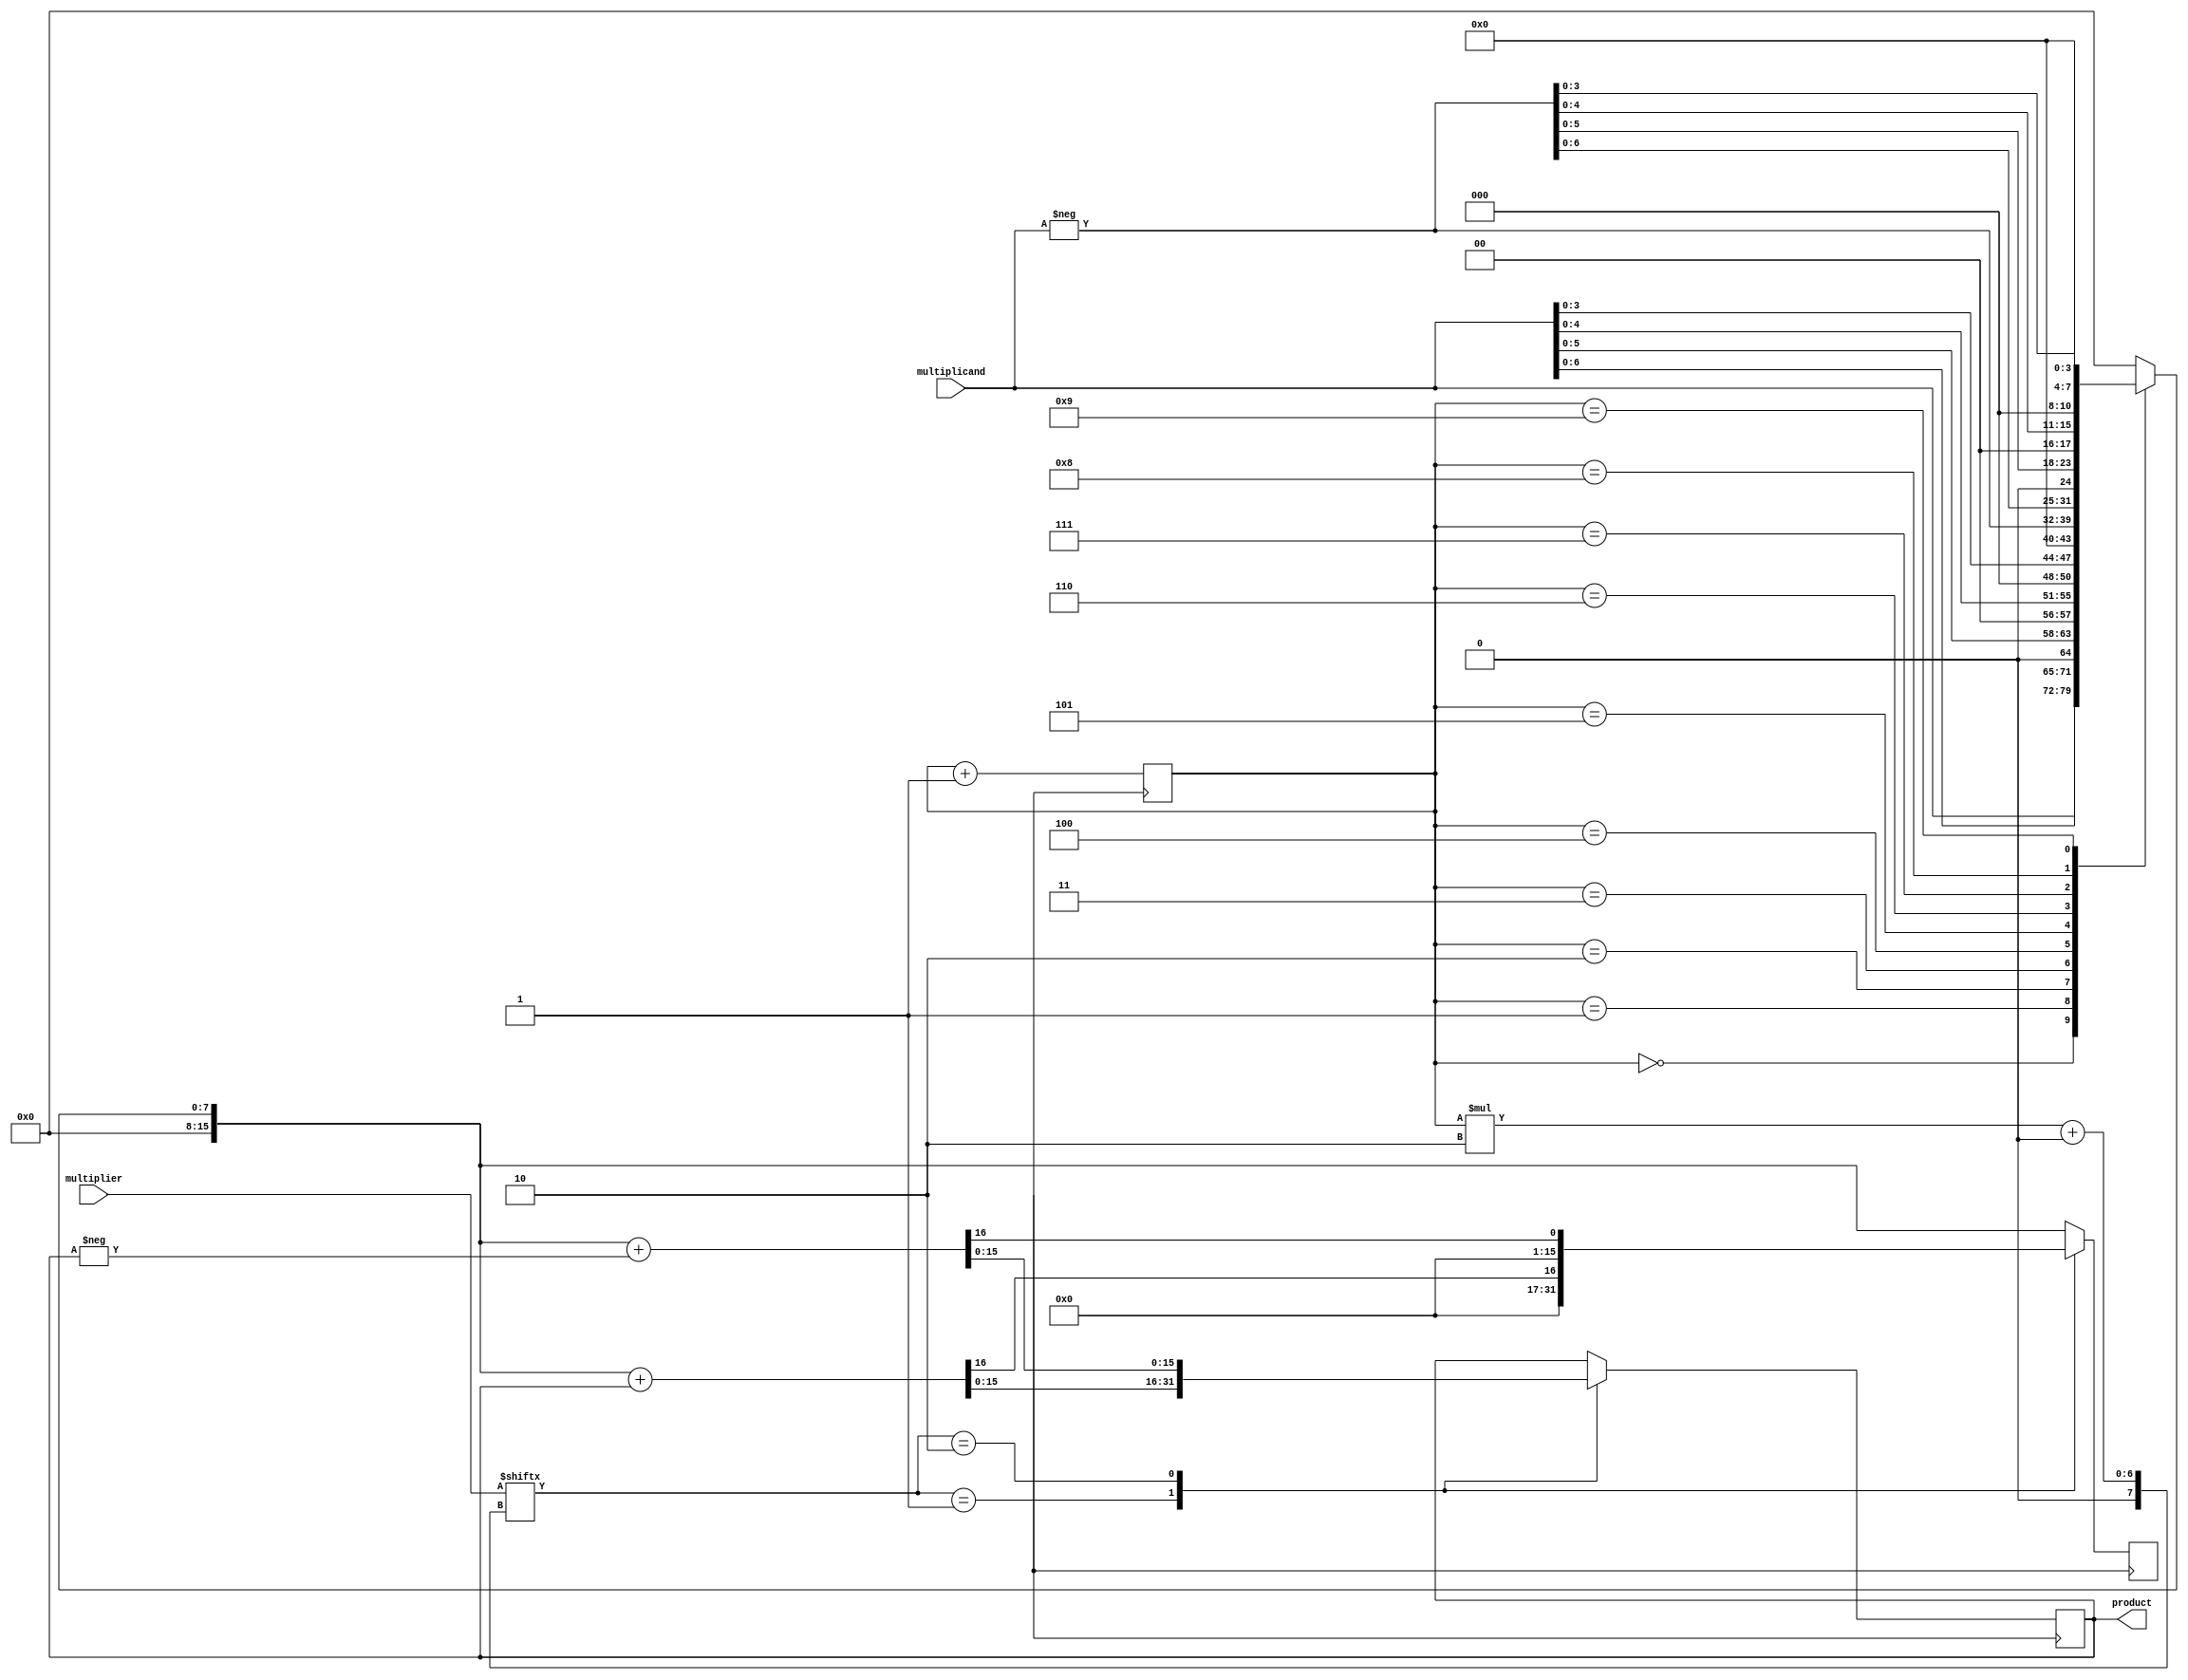
module BoothMultiplier(
    input [7:0] multiplicand,
    input [7:0] multiplier,
    output reg [15:0] product
);

reg [15:0] partial_product;
reg [3:0] count;

always @* begin
    case(count)
        0: partial_product = {8'b0, multiplicand};
        1: partial_product = {8'b0, multiplicand << 1};
        2: partial_product = {8'b0, multiplicand << 2};
        3: partial_product = {8'b0, multiplicand << 3};
        4: partial_product = {8'b0, multiplicand << 4};
        5: partial_product = {8'b0, (-multiplicand) << 0};
        6: partial_product = {8'b0, (-multiplicand) << 1};
        7: partial_product = {8'b0, (-multiplicand) << 2};
        8: partial_product = {8'b0, (-multiplicand) << 3};
        9: partial_product = {8'b0, (-multiplicand) << 4};
        10: partial_product = {8'b0, 8'b0};
        default: partial_product = {8'b0, 8'b0};
    endcase
end

always @(posedge clock) begin
    case(multiplier[count*2 +: 2])
        2'b01: {partial_product, product} = partial_product + {16'b0, product};
        2'b10: {partial_product, product} = partial_product + {16'b0, -product};
    endcase

    count <= count + 1;
end

endmodule